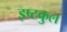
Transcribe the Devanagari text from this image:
इष्टकुल